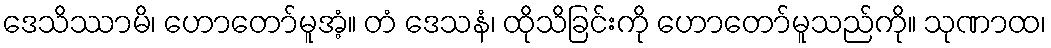
ဒေသိဿာမိ၊ ဟောတော်မူအံ့။ တံ ဒေသနံ၊ ထိုသိခြင်းကို ဟောတော်မူသည်ကို။ သုဏာထ၊